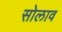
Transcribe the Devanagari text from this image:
सोलाव